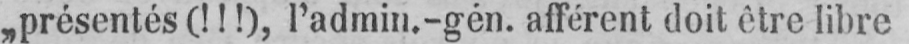
„présentés (!!!), l’admin.-gén. afférent doit être libre